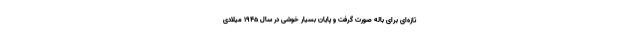
تازه‌ای برای باله صورت گرفت و پایان بسیار خوشی در سال ۱۹۴۵ میلادی